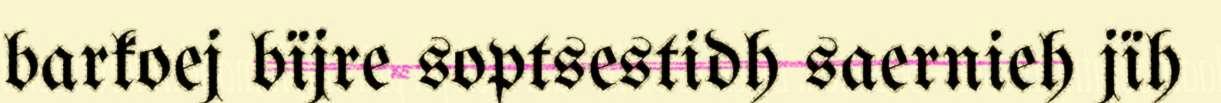
barkoej bïjre soptsestidh saernieh jïh